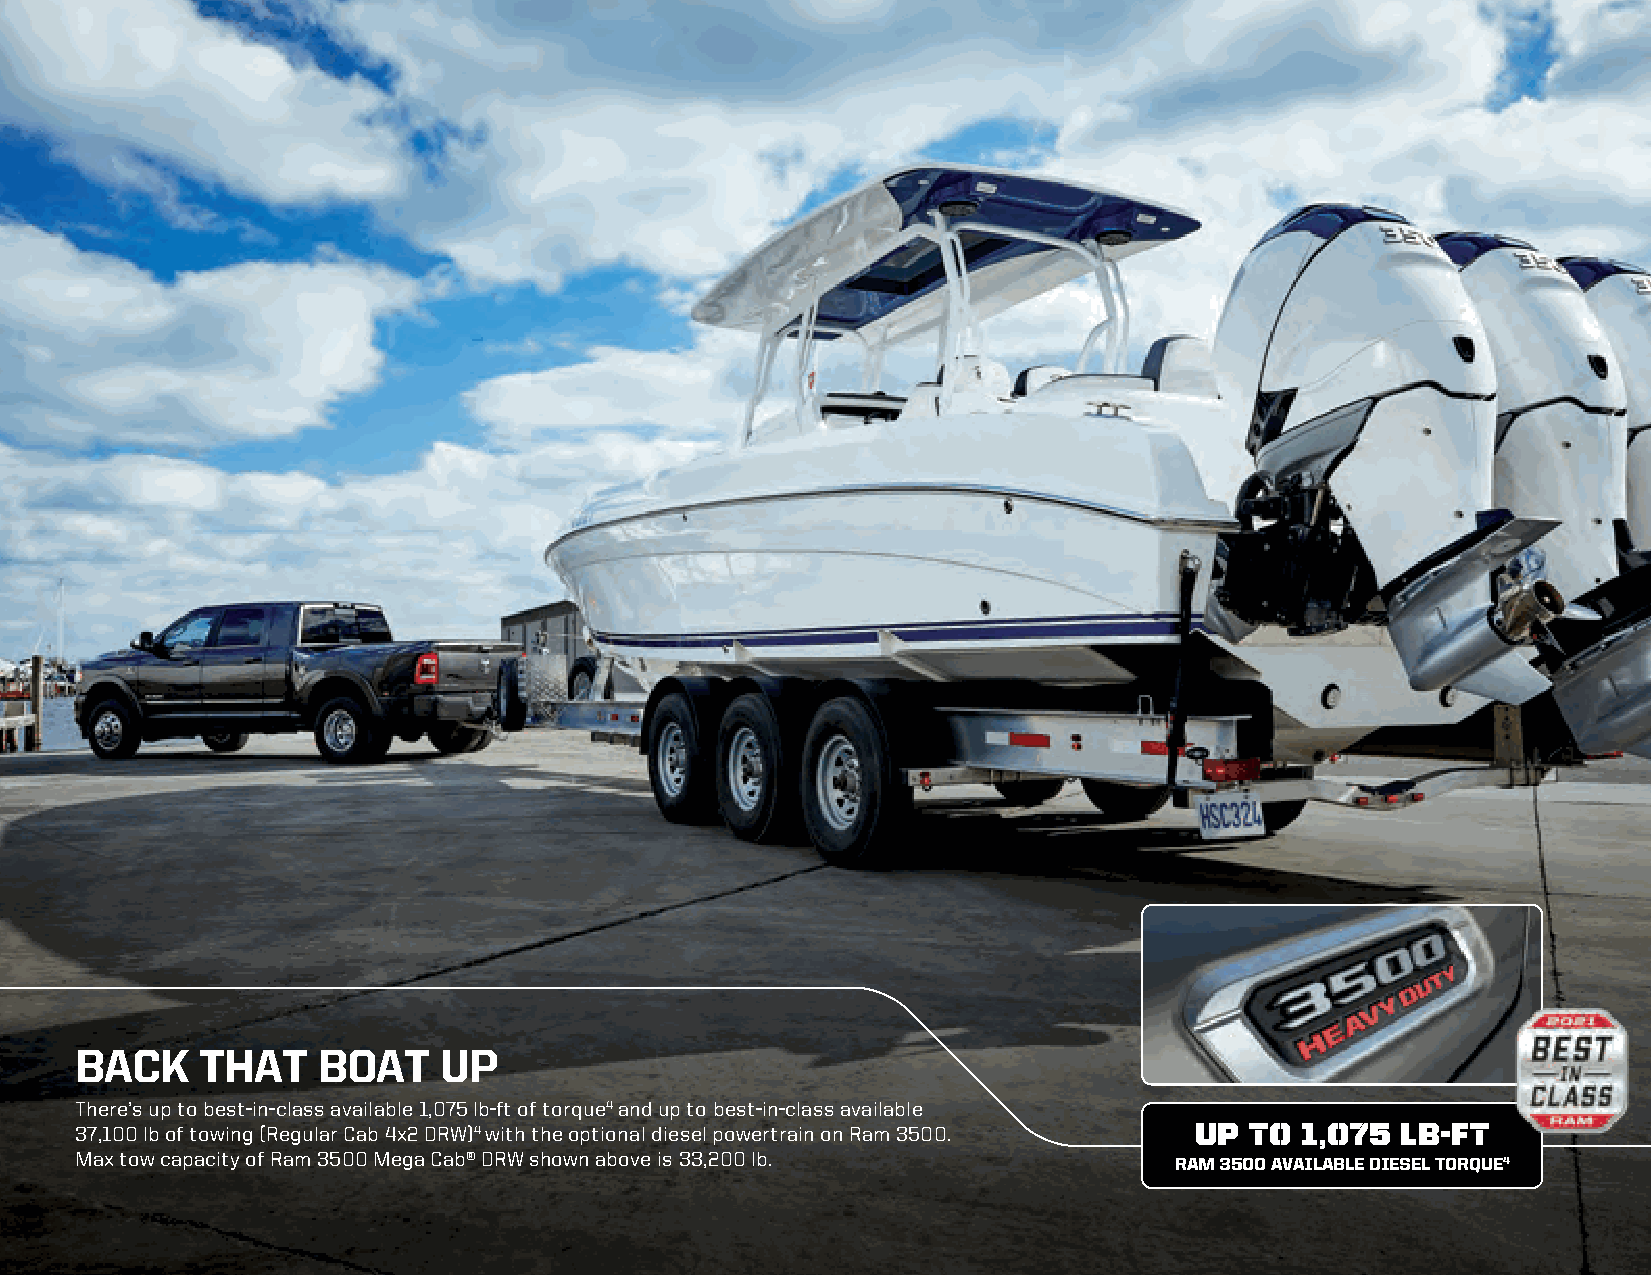
BACK    THAT    BOAT    UP
 There’s up to best-in-class available 1,075 lb-ft of torque4 and up to best-in-class available
 37,100 lb of towing (Regular Cab 4x2 DRW)4 with the optional diesel powertrain on Ram 3500. UP TO 1,075 LB-FT
 Max tow capacity of Ram 3500 Mega Cab® DRW shown above is 33,200 lb.
 RAM 3500 AVAILABLE DIESEL TORQUE4